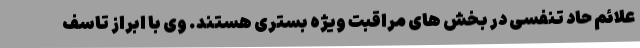
علائم حاد تنفسی در بخش های مراقبت ویژه بستری هستند. وی با ابراز تاسف